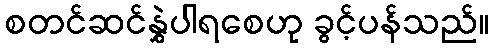
စတင်ဆင်နွှဲပါရစေဟု ခွင့်ပန်သည်။